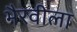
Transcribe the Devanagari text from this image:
भैरवीला